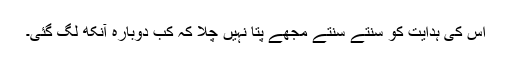
اس کی ہدایت کو سنتے سنتے مجھے پتا نہیں چلا کہ کب دوبارہ آنکھ لگ گئی۔